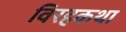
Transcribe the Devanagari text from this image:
विरहकथा